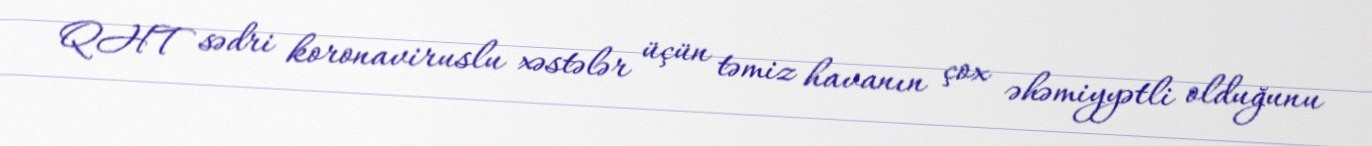
QHT sədri koronaviruslu xəstələr üçün təmiz havanın çox əhəmiyyətli olduğunu